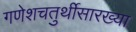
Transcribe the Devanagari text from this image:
गणेशचतुर्थीसारख्या